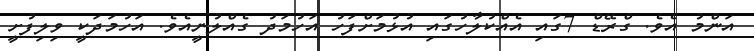
އަންމު އެވެ. ގްރޭޑް 7ގައި އެއްކުލާހުގައި އުޅުމަށްފަހު އަހުމަދު ގެއްލުނީއެވެ. އަހުމަދަކީ ވިލިފުށީ